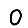
Digit: 0